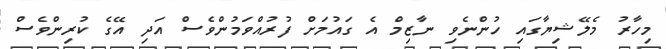
މިހާރު މެލޭޝިޔާގައި ހުންނެވި ނާޒިމް އެ ގައުމަށް ފުރުއްވަމުންވެސް އަދި އޭގެ ކުރިންވެސް